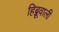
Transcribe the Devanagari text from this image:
हिब्रूवाली